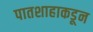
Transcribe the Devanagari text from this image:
पातशाहाकडून